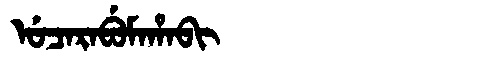
Manchu: ᡠᠴᠠᡵᠠᠪᡠᠮᠠᡥᠠᠪᡳ
Romanization: UCARABUMAHABI